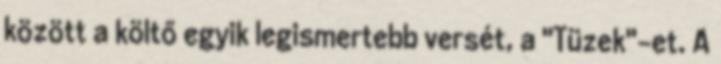
között a költő egyik legismertebb versét, a "Tüzek"-et. A